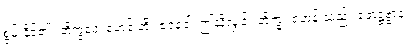
စွမ်းနိုင်၏။ ဘိက္ခဝေ၊ ရဟန်းတို့။ ဧဝံခေါ၊ ဤသို့လျှင်။ ဘိက္ခု၊ ရဟန်းသည်။ ဖောဋ္ဌဗ္ဗာနံ၊